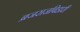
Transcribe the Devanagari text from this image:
ब्रजराजबिहारी